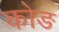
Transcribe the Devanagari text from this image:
कोङ